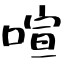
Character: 喧